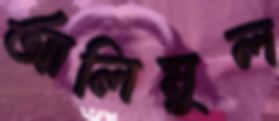
আলিমুল